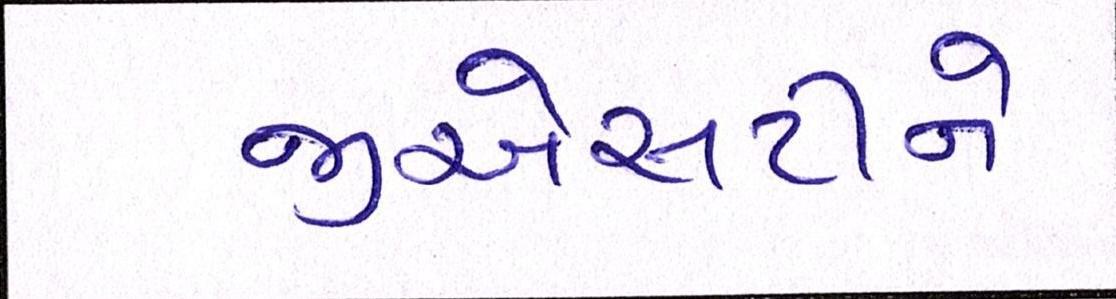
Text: જીએસટીને